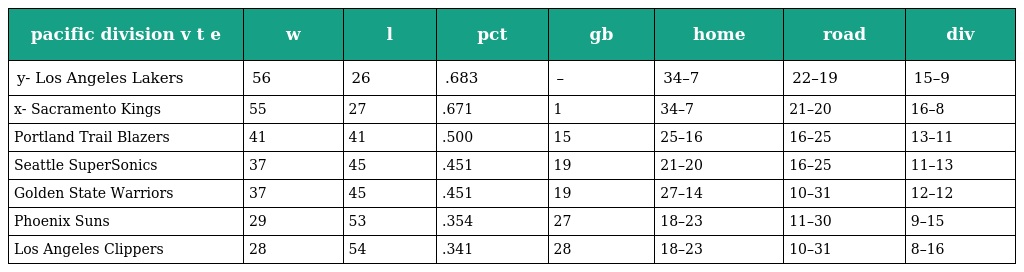
| pacific division v t e | w | l | pct | gb | home | road | div |
 | --- | --- | --- | --- | --- | --- | --- | --- |
 | y- Los Angeles Lakers | 56 | 26 | .683 | – | 34–7 | 22–19 | 15–9 |
 | x- Sacramento Kings | 55 | 27 | .671 | 1 | 34–7 | 21–20 | 16–8 |
 | Portland Trail Blazers | 41 | 41 | .500 | 15 | 25–16 | 16–25 | 13–11 |
 | Seattle SuperSonics | 37 | 45 | .451 | 19 | 21–20 | 16–25 | 11–13 |
 | Golden State Warriors | 37 | 45 | .451 | 19 | 27–14 | 10–31 | 12–12 |
 | Phoenix Suns | 29 | 53 | .354 | 27 | 18–23 | 11–30 | 9–15 |
 | Los Angeles Clippers | 28 | 54 | .341 | 28 | 18–23 | 10–31 | 8–16 |